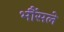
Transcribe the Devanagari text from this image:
भौंसले